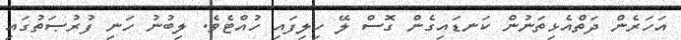
އަހަރެން ދަތްއެޅިތަނުން ކަނޑައިގެން ގޮސް ލޭ ހިލިފައި ހުއްޓެވެ. ލިބުނު ހަނި ފުރުޞަތުގައި